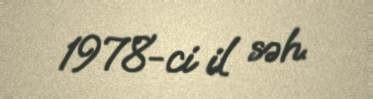
1978-ci il səh.